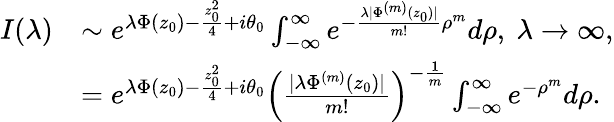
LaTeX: \begin{array}{rl}{I(\lambda)}&{\sim e^{\lambda\Phi(z_{0})-\frac{z_{0}^{2}}{4}+i\theta_{0}}\int_{-\infty}^{\infty}e^{-\frac{\lambda|\Phi^{(m)}(z_{0})|}{m!}\rho^{m}}d\rho,\ \lambda\rightarrow\infty,}\\ &{=e^{\lambda\Phi(z_{0})-\frac{z_{0}^{2}}{4}+i\theta_{0}}\Big(\frac{|\lambda\Phi^{(m)}(z_{0})|}{m!}\Big)^{-\frac{1}{m}}\int_{-\infty}^{\infty}e^{-\rho^{m}}d\rho.}\end{array}